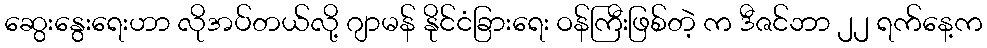
ဆွေးနွေးရေးဟာ လိုအပ်တယ်လို့ ဂျာမန် နိုင်ငံခြားရေး ဝန်ကြီးဖြစ်တဲ့ က ဒီဇင်ဘာ ၂၂ ရက်နေ့က